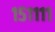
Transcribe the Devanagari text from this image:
१५११११